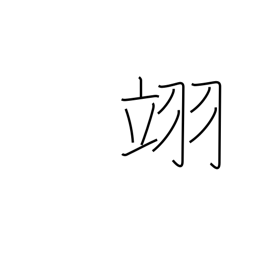
Meaning: flying